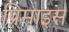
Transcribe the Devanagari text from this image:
प्रिमाइस